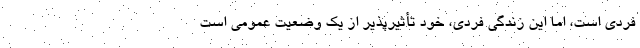
فردی است، اما این زندگی فردی، خود تأثیرپذیر از یک وضعیت عمومی است